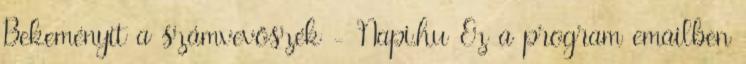
Bekeményít a számvevőszék - Napi.hu Ez a program emailben